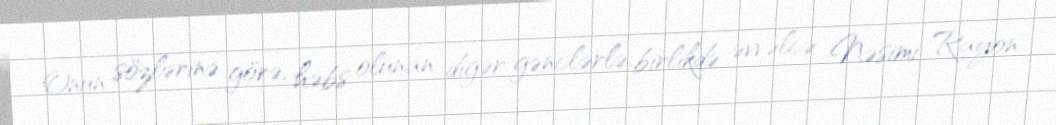
Onun sözlərinə görə, həbs olunan digər gənclərlə birlikdə əvvəlcə Nəsimi Rayon